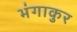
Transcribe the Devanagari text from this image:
भंगाकुर